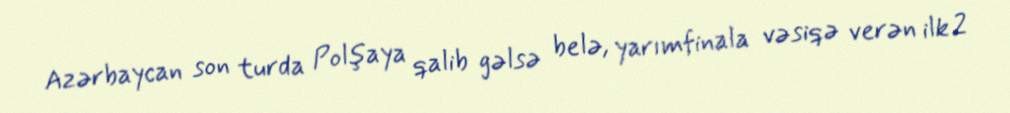
Azərbaycan son turda Polşaya qalib gəlsə belə, yarımfinala vəsiqə verən ilk 2